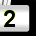
Digit: 2